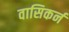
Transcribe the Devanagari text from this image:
वासिकर्न